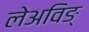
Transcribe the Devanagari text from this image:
लेअविङ्